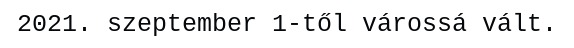
2021. szeptember 1-től várossá vált.